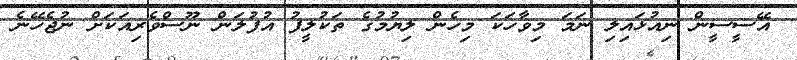
އޭސީސީން ނިއުޅައިލި ނަމަ މިވާހަކަ މިހެން ލިޔުމުގެ ތަކުލީފު އުފުލަން ނޫސްވެރިއަކަށް ނުޖެހޭނެ